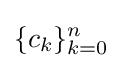
\{c_{k}\}_{k=0}^{n}